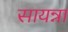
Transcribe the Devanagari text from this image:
सायन्ना